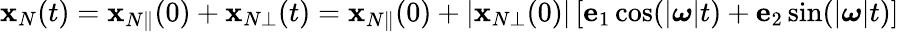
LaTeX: \begin{array}{r}{{\mathbf x}_{N}(t)={\mathbf x}_{N\Vert}(0)+{\mathbf x}_{N\bot}(t)={\mathbf x}_{N\Vert}(0)+|{\mathbf x}_{N\bot}(0)|\left[{\mathbf e}_{1}\cos(|\boldsymbol{\omega}|t)+{\mathbf e}_{2}\sin(|\boldsymbol{\omega}|t)\right]}\end{array}